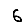
Digit: 6